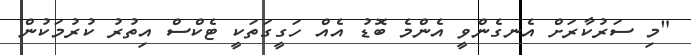
"މި ސަރުކާރަށް އެނގެންވީ އެންމެ ބޮޑު އެއް ހަގީގަތަކީ ޓެކްސް އިތުރު ކުރުމަކުން